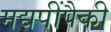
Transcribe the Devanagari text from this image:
मद्यपींपैकी